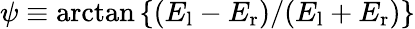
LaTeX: \psi\equiv\arctan\left\{ (E_{\mathrm{l}}-E_{\mathrm{r}})/(E_{\mathrm{l}}+E_{\mathrm{r}})\right\}